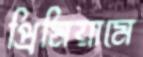
প্রিমিয়ামে